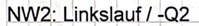
Text: NW2: Linkslauf / -Q2